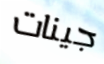
جينات